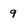
Character: 9